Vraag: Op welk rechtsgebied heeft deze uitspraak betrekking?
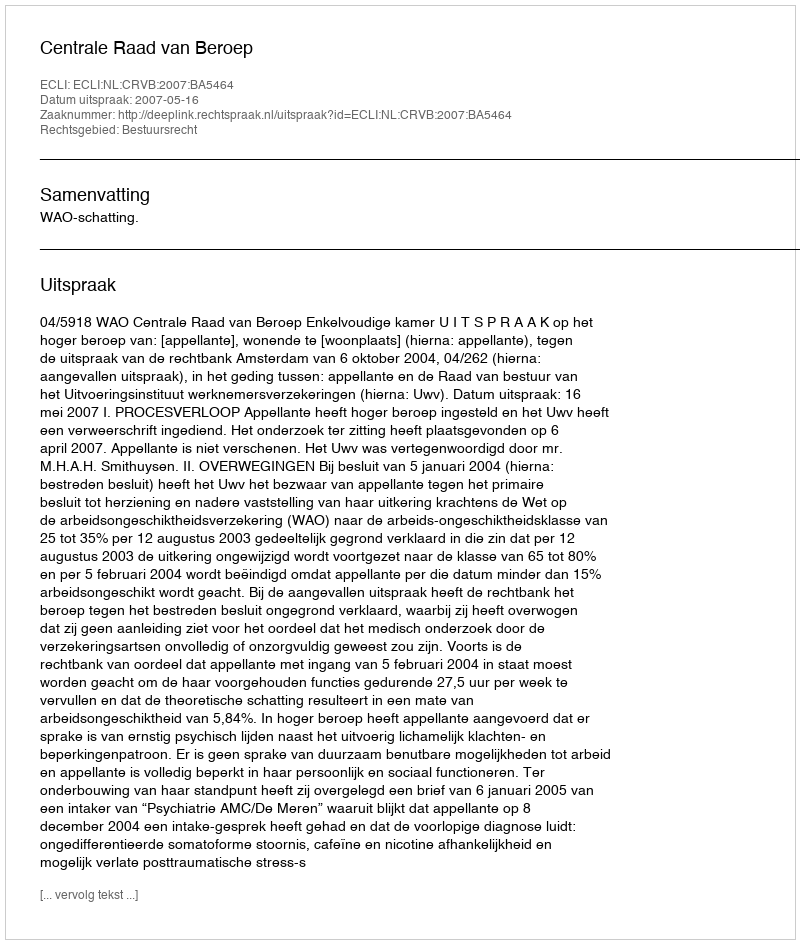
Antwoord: Bestuursrecht